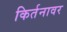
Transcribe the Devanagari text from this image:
किर्तनावर